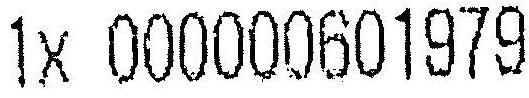
1X 000000601979